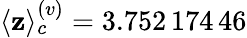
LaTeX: \langle\mathbf{z}\rangle_{c}^{(v)}=3.752\, 174\, 46